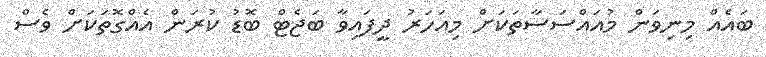
ބައެއް މިނިވަން މުއައްސަސާތަކަށް މިއަހަރު ދީފައިވާ ބަޖެޓް ބޮޑު ކުރަން އެއްގޮތަކަށް ވެސް